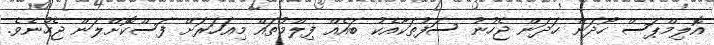
އޮލިމްޕަސް ހޯދަން ހަދަން ޖެހުނު ސަފުތަކާއެކު ބައެއް ފިލްމުތައް މިއަހަރަށް ފަސްކޮށްލަން ޖެހުނެވެ.